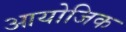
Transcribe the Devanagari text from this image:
आयोजिक